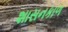
શાસનકાળ